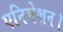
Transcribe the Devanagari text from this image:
एनिमेशन।